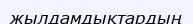
жылдамдықтардың